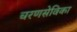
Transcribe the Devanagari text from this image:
चरणसेविका